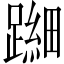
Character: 𬧐